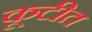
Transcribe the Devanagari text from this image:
कूटीत